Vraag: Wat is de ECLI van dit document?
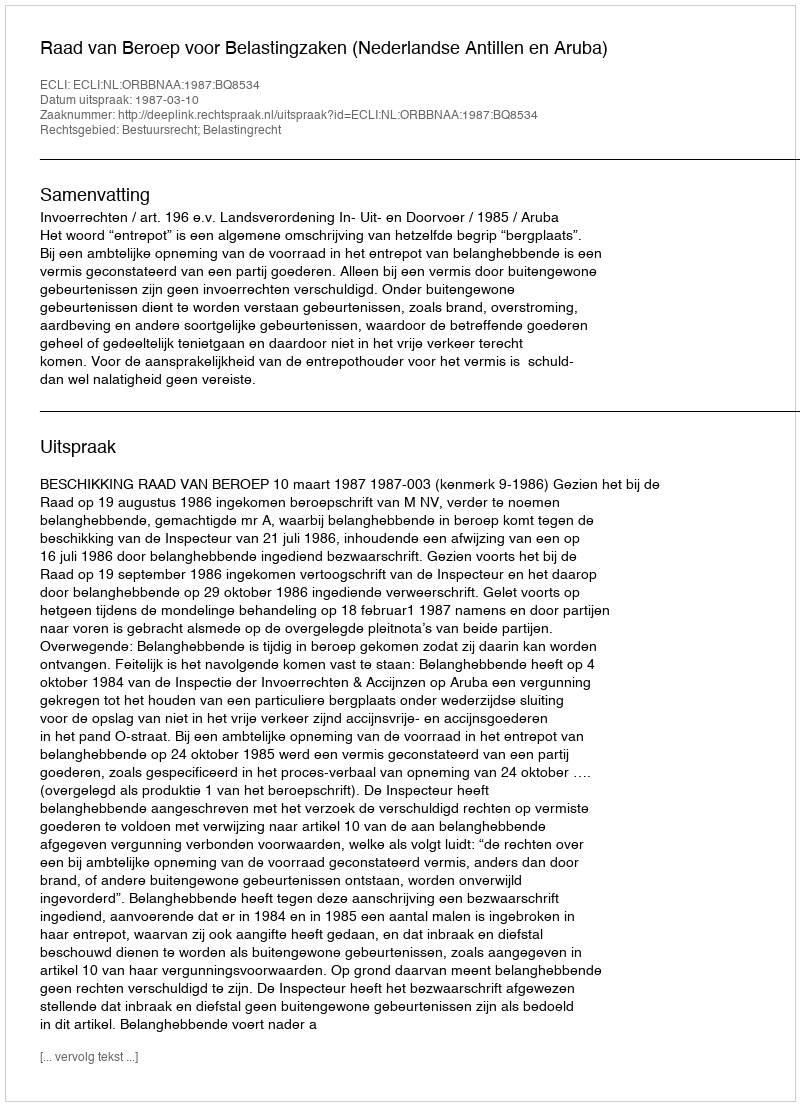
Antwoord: ECLI:NL:ORBBNAA:1987:BQ8534